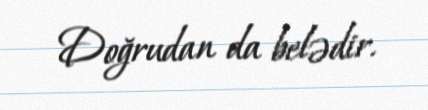
Doğrudan da belədir.